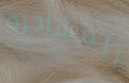
المشاجرة